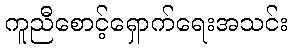
ကူညီစောင့်ရှောက်ရေးအသင်း